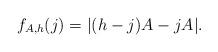
LaTeX: \begin{align*}f_{A,h}(j) = |(h-j)A - jA|.\end{align*}